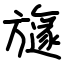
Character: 旞